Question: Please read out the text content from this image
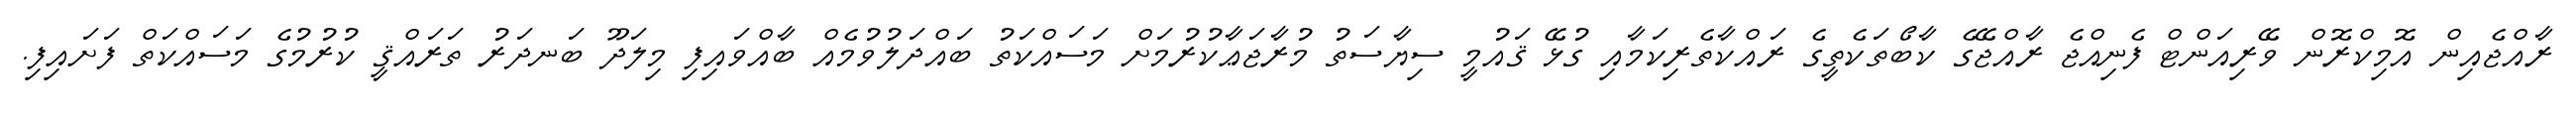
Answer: ރާއްޖެއިން އޮމިކްރޮން ވޭރިއަންޓް ފެނިއްޖެ ރާއްޖޭގެ ކާބޯތަކެތީގެ ރައްކާތެރިކަމާއި ގުޅޭ ޤައުމީ ސިޔާސަތު މުރާޖަޢާކުރުމަށް މަސައްކަތު ބައްދަލުވުމެއް ބާއްވައިފި މިލަދޫ ބަނދަރު ތަރައްޤީ ކުރުމުގެ މަސައްކަތް ފަށައިފި.